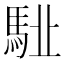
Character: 𩢩